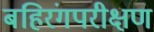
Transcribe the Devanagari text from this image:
बहिरंगपरीक्षण